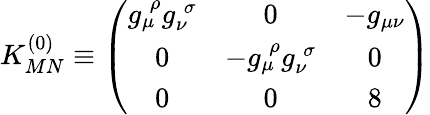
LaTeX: K_{MN}^{(0)}\equiv\left(\begin{array}{ccc}{{g_{\mu}^{\; \rho}g_{\nu}^{\; \sigma}}}&{{0}}&{{-g_{\mu\nu}}}\\ {{0}}&{{-g_{\mu}^{\; \rho}g_{\nu}^{\; \sigma}}}&{{0}}\\ {{0}}&{{0}}&{{8}}\end{array}\right)